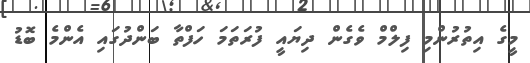
މީގެ އިތުރުންމި ފިލްމް ވެގެން ދިޔައީ ފުރަތަމަ ހަފްތާ ބަންދުގައި އެންމެ ބޮޑު